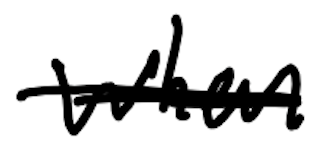
Text: When
Cross-out: mix
Writing tool: digital_black